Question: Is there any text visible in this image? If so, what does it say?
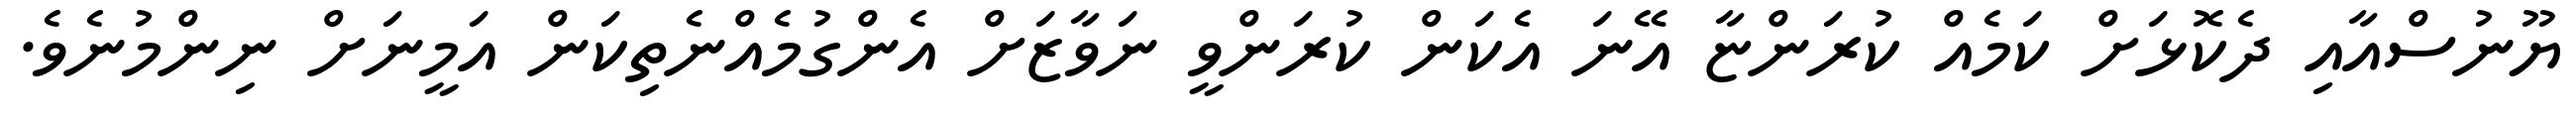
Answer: ޔޫނުސްއާއި ދެކޮޅަށް ކަމެއް ކުރަންޏާ އޭނަ އެކަން ކުރަންވީ ނަވާޒަށް އެންގުމެއްނެތިކަން އަމީނަށް ނިންމުނެވެ.